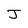
Character: J